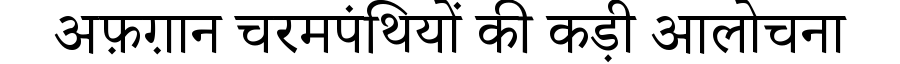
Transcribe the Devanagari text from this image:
अफ़ग़ान चरमपंथियों की कड़ी आलोचना